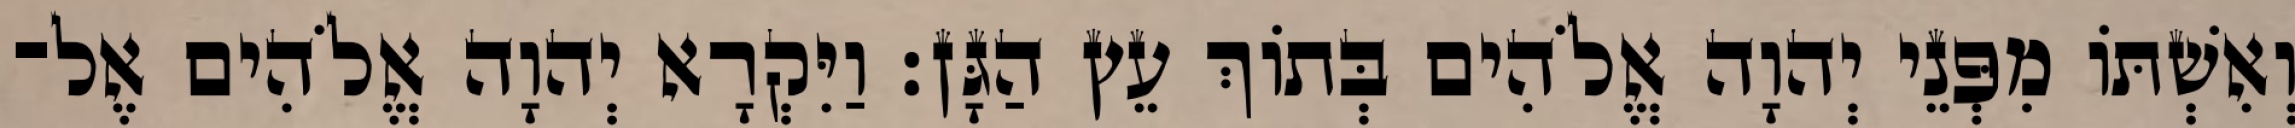
וְאִשְׁתֹּו מִפְּנֵי יְהוָה אֱלֹהִים בְּתֹוךְ עֵץ הַגָּן׃ וַיִּקְרָא יְהוָה אֱלֹהִים אֶל־